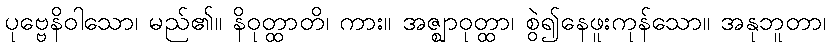
ပုဗ္ဗေနိဝါသော၊ မည်၏။ နိဝုတ္ထာတိ၊ ကား။ အဇ္ဈာဝုတ္ထာ၊ စွဲ၍နေဖူးကုန်သော။ အနုဘူတာ၊